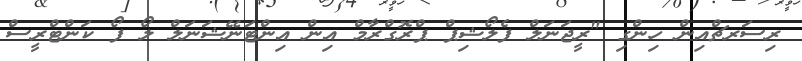
ރިސަރޗްއިން ހިންގި "ރީޖަނަލް ފެލޯޝިޕް ޕްރޮގްރާމް އިން އިންޓަނޭޝަނަލް ލޯ ފޯ ކަންޓްރީސް